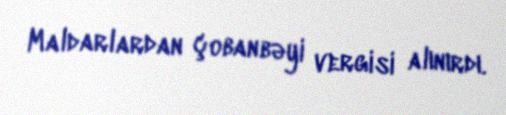
Maldarlardan çobanbəyi vergisi alınırdı.